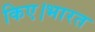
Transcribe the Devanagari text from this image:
किए।भारत